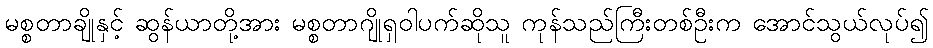
မစ္စတာချိုနှင့် ဆွန်ယာတို့အား မစ္စတာဂျိုရှဝါပက်ဆိုသူ ကုန်သည်ကြီးတစ်ဦးက အောင်သွယ်လုပ်၍